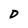
Character: D